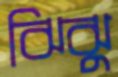
ঝিঝু